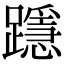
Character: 𨆲